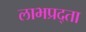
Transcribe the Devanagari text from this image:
लाभप्रद्ता